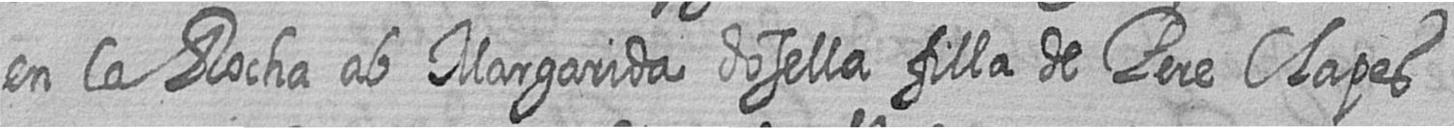
en la Rocha ab Margarida dosella filla de Pere Clapes